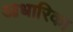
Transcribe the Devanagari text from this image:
आधारिका